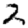
Digit: 2